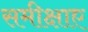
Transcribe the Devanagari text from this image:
समीक्षाए